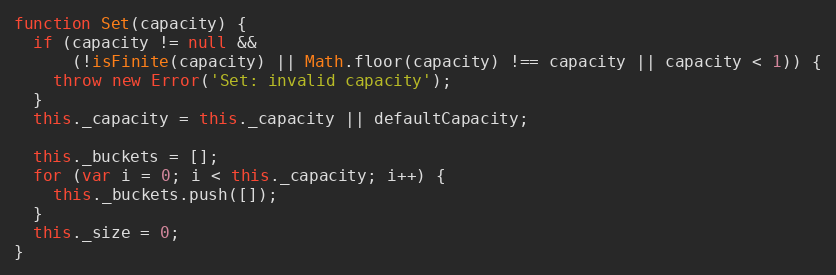
Language: JavaScript
function Set(capacity) {
  if (capacity != null &&
      (!isFinite(capacity) || Math.floor(capacity) !== capacity || capacity < 1)) {
    throw new Error('Set: invalid capacity');
  }
  this._capacity = this._capacity || defaultCapacity;

  this._buckets = [];
  for (var i = 0; i < this._capacity; i++) {
    this._buckets.push([]);
  }
  this._size = 0;
}